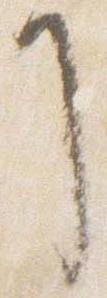
了